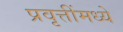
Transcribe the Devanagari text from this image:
प्रवृत्तींमध्ये